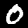
Label: 0